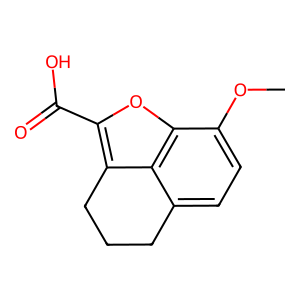
SMILES: COc1ccc2c3c(c(C(=O)O)oc13)CCC2
Inhibits HIV replication: No